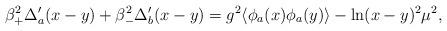
LaTeX: \begin{align*}\beta_+^2\Delta_a'(x-y) + \beta_-^2\Delta_b'(x-y) = g^2\langle\phi_a(x)\phi_a(y)\rangle-\ln (x-y)^2\mu^2,\end{align*}